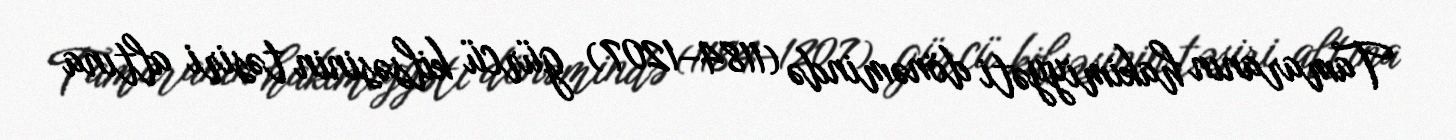
Tamaranın hakimiyyəti dönəmində (1184–1207) gürcü kilsəsinin təsiri altına